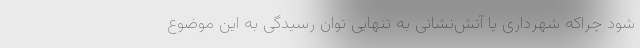
شود چراکه شهرداری یا آتش‌نشانی به تنهایی توان رسیدگی به این موضوع